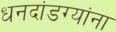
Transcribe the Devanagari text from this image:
धनदांडग्यांना